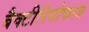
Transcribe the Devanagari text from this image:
बैक्टीरियोफाज